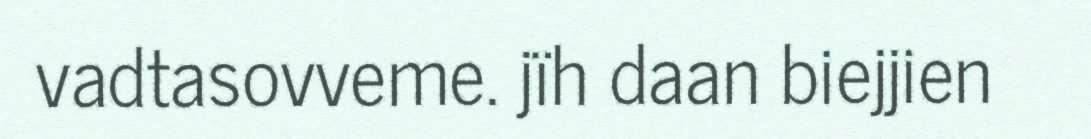
vadtasovveme. jïh daan biejjien